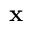
{ \bf x }